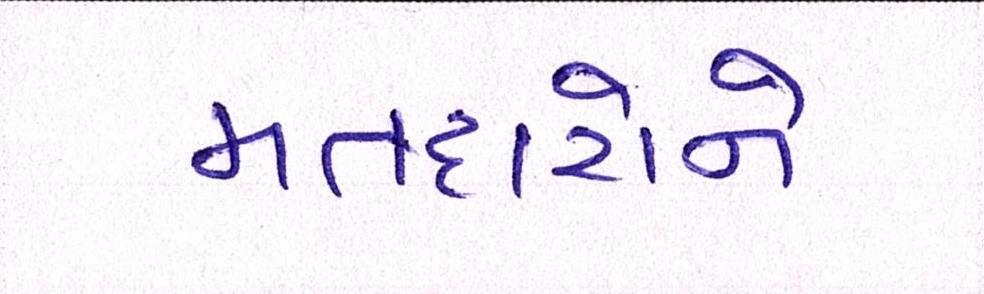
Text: મતદારોને